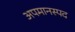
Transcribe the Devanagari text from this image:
अपमानस्पद